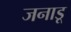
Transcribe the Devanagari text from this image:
जनाडू